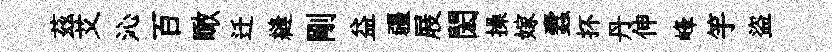
茲艾沁百瞰迁縫剛益疆屐閎操嫁蠧抔丹伸峰竽盜